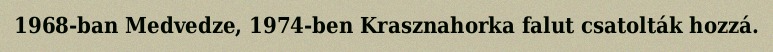
1968-ban Medvedze, 1974-ben Krasznahorka falut csatolták hozzá.